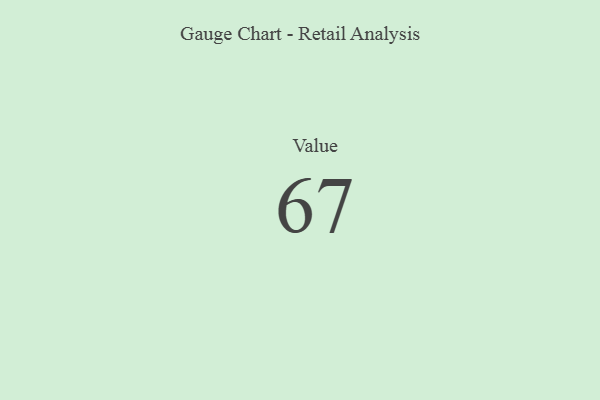
{"axis": {"x": "Metric", "y": "Value"}, "legend": [""], "data": [{"x": "Value", "y": 67, "type": ""}]}